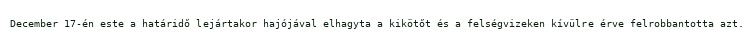
December 17-én este a határidő lejártakor hajójával elhagyta a kikötőt és a felségvizeken kívülre érve felrobbantotta azt.